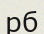
рб